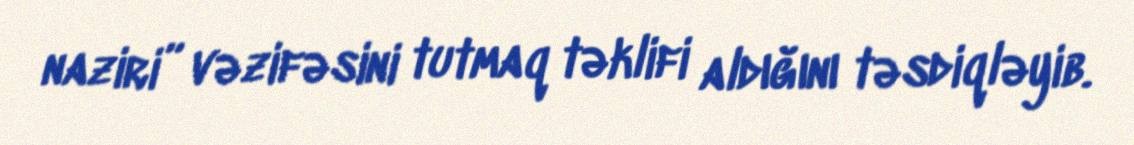
naziri” vəzifəsini tutmaq təklifi aldığını təsdiqləyib.